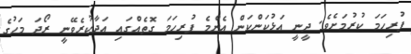
ފުރިހަމަ ކުރުމަށެވެ. ދީނީ އަޅުކަންކަން އެންމެ ފުރިހަމަ ގޮތެއްގައި އަދާކުރެވޭނީ ރޯދަ މަހުގެ